Report on the bubonic plague in Bombay, 1896-1897
Year: 1896
Disease focus: Plague
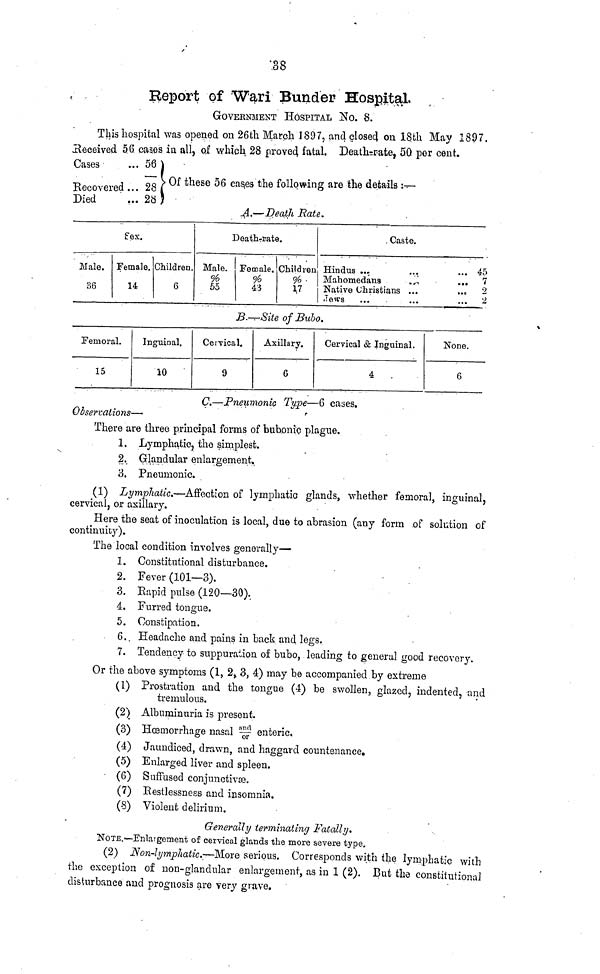
38
Report of Wari Bunder Hospital.
GOVERNMENT HOSPITAL NO. 8.
This hospital was opened on 26th March 1897, and closed on 18th May 1897.
Received 56 cases in all, of which 28 prove4 fatal. Death=rate, 50 per cent.
Cases
Recovered
Died
...
...
56
28
28
Of these 56 cases the following are the details :—
A.—Death Rate.
Male.
36
fex.
Female.
14
Children.
6
Death-rate
Male.
%
55
Female.
%
Children
%
17
Caste.
Hindus ...
Mahomedans
Native Christians
Jews
...
...
...
...
...
...
...
...
45
7
2
2
B.—Site of Bubo.
Femoral.
15
Inguinal.
10
Cervical.
9
Axillary.
6
Cervical & Inguinal.
4
None.
6
C.—Pneumonic Type—6 cases.
Observations—
There are three principal forms of bubonic plague.
1. Lymphatic, the simplest.
2. Glandular enlargement.
3. Pneumonic.
(1) Lymphatic.—Affection of lymphatic glands, whether femoral, inguinal,
cervical, or axillary.
Here the seat of inoculation is local, due to abrasion (any form of solution of
continuity).
The local condition involves generally—
1. Constitutional disturbance.
2. Fever (101—3).
3. Rapid pulse (120—30).
4. Furred tongue.
5. Constipation.
6.. Headache and pains in back and legs.
7. Tendency to suppuration of bubo, leading to general good recovery.
Or the above symptoms (1, 2, 3, 4) may be accompanied by extreme
(1) Prostration and the tongue (4) be swollen, glazed, indented, and
tremulous.
(2) Albuminuria is present.
(3) Haemorrhage nasal
enteric.
(4) Jaundiced, drawn, and haggard countenance.
(5) Enlarged liver and spleen.
(6) Suffused conjunctive.
(7) Restlessness and insomnia.
(8) Violent delirium.
Generally terminating Fatally.
NOTE.—Enlaigement of cervical glands the more severe type.
(2) Non-lymphatic.—More serious. Corresponds with the lymphatic with
the exception of non-glandular enlargement, as in 1 (2). But the constitutional
disturbance and prognosis are very grave.